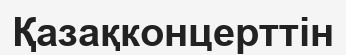
Қазақконцерттін